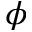
\phi